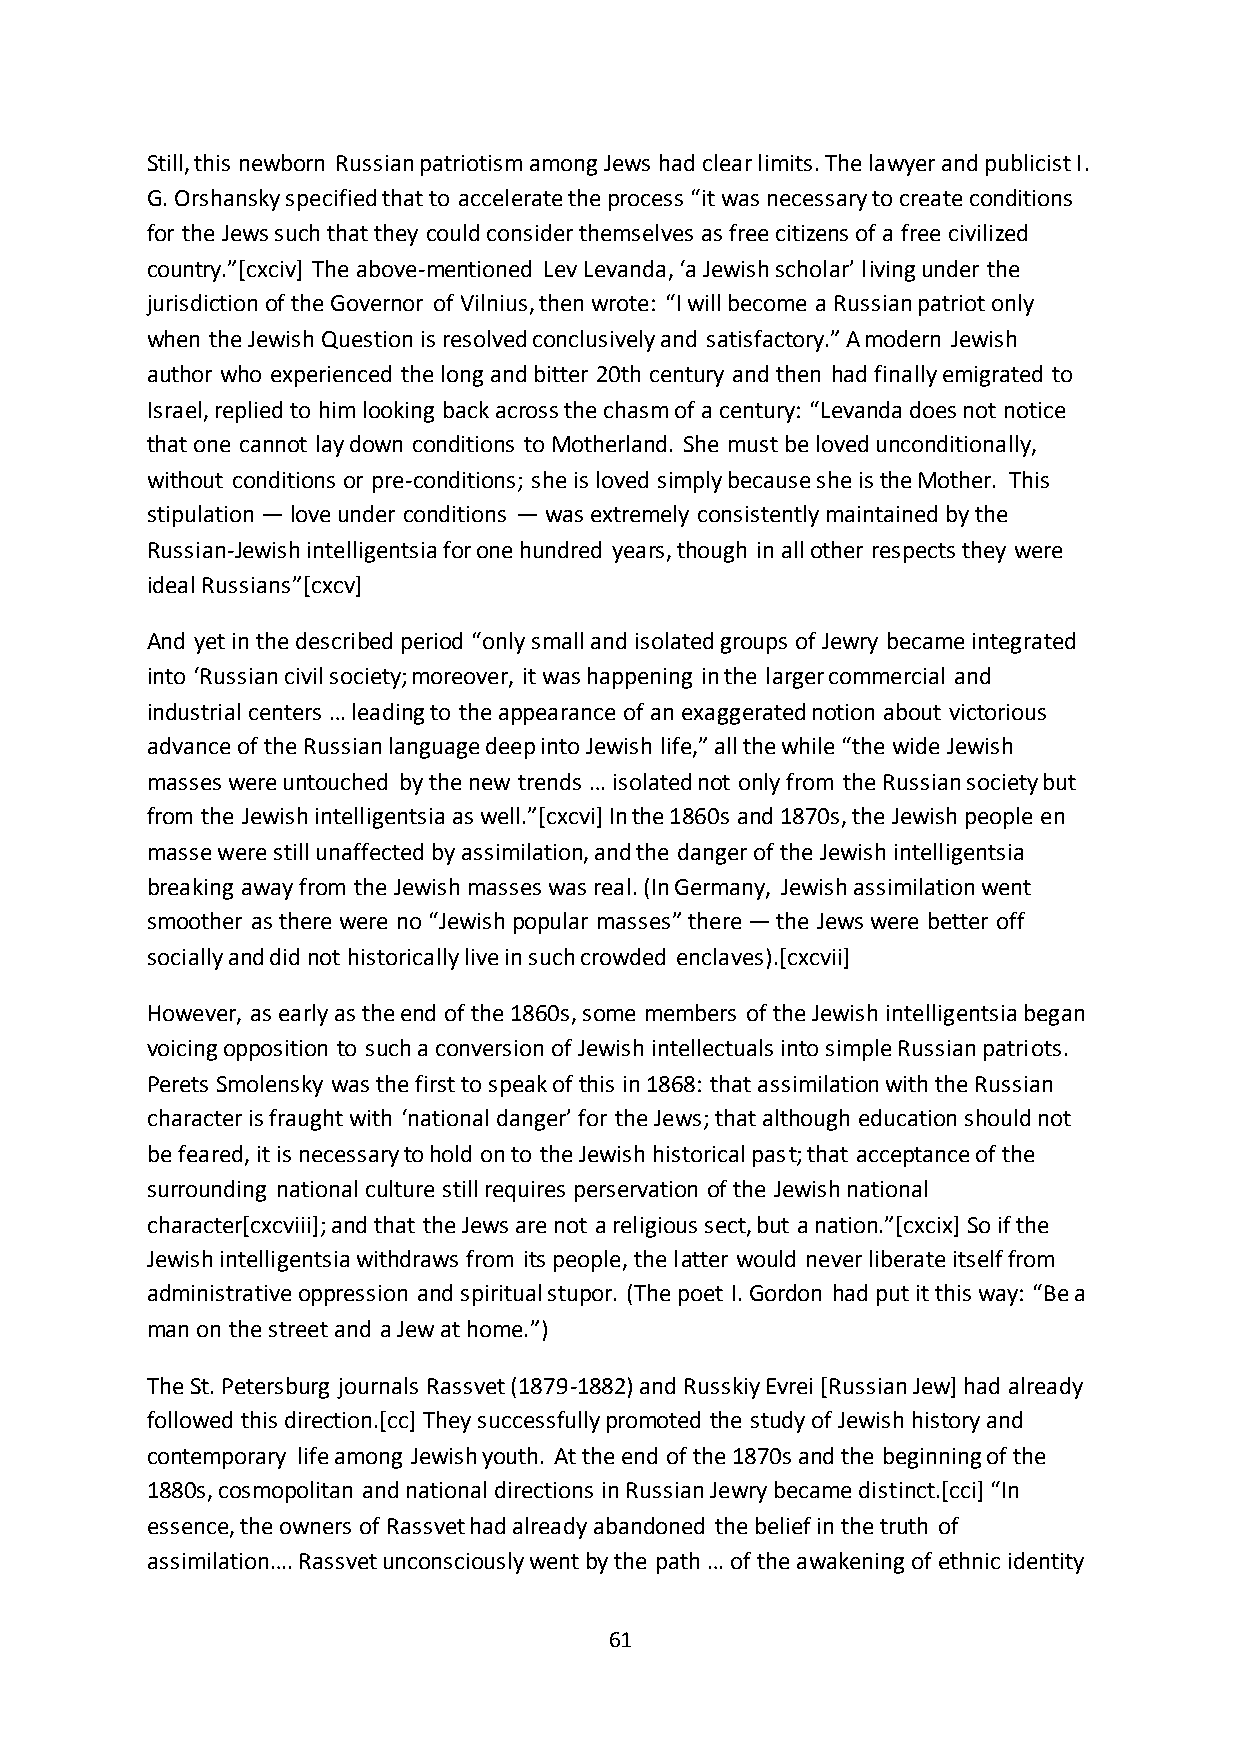
Still, this newborn Russian patriotism among Jews had clear limits. The lawyer and publicist I.
 G. Orshansky specified that to accelerate the process “it was necessary to create conditions
 for the Jews such that they could consider themselves as free citizens of a free civilized
 country.”*cxciv+ The above-mentioned Lev Levanda, ‘a Jewish scholar’ living under the
 jurisdiction of the Governor of Vilnius, then wrote: “I will become a Russian patriot only
 when the Jewish Question is resolved conclusively and satisfactory.” A modern Jewish
 author who experienced the long and bitter 20th century and then had finally emigrated to
 Israel, replied to him looking back across the chasm of a century: “Levanda does not notice
 that one cannot lay down conditions to Motherland. She must be loved unconditionally,
 without conditions or pre-conditions; she is loved simply because she is the Mother. This
 stipulation — love under conditions — was extremely consistently maintained by the
 Russian-Jewish intelligentsia for one hundred years, though in all other respects they were
 ideal Russians”*cxcv+
 And yet in the described period “only small and isolated groups of Jewry became integrated
 into ‘Russian civil society; moreover, it was happening in the larger commercial and
 industrial centers … leading to the appearance of an exaggerated notion about victorious
 advance of the Russian language deep into Jewish life,” all the while “the wide Jewish
 masses were untouched by the new trends … isolated not only from the Russian society but
 from the Jewish intelligentsia as well.”*cxcvi+ In the 1860s and 1870s, the Jewish people en
 masse were still unaffected by assimilation, and the danger of the Jewish intelligentsia
 breaking away from the Jewish masses was real. (In Germany, Jewish assimilation went
 smoother as there were no “Jewish popular masses” there — the Jews were better off
 socially and did not historically live in such crowded enclaves).[cxcvii]
 However, as early as the end of the 1860s, some members of the Jewish intelligentsia began
 voicing opposition to such a conversion of Jewish intellectuals into simple Russian patriots.
 Perets Smolensky was the first to speak of this in 1868: that assimilation with the Russian
 character is fraught with ‘national danger’ for the Jews; that although education should not
 be feared, it is necessary to hold on to the Jewish historical past; that acceptance of the
 surrounding national culture still requires perservation of the Jewish national
 character*cxcviii+; and that the Jews are not a religious sect, but a nation.”*cxcix+ So if the
 Jewish intelligentsia withdraws from its people, the latter would never liberate itself from
 administrative oppression and spiritual stupor. (The poet I. Gordon had put it this way: “Be a
 man on the street and a Jew at home.”)
 The St. Petersburg journals Rassvet (1879-1882) and Russkiy Evrei [Russian Jew] had already
 followed this direction.[cc] They successfully promoted the study of Jewish history and
 contemporary life among Jewish youth. At the end of the 1870s and the beginning of the
 1880s, cosmopolitan and national directions in Russian Jewry became distinct.*cci+ “In
 essence, the owners of Rassvet had already abandoned the belief in the truth of
 assimilation…. Rassvet unconsciously went by the path … of the awakening of ethnic identity
 61